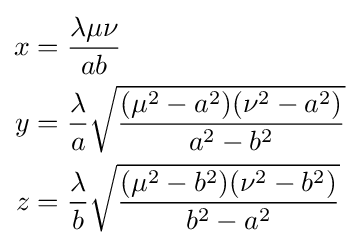
{\begin{aligned}x&={\frac {\lambda \mu \nu }{ab}}\\y&={\frac {\lambda }{a}}{\sqrt {\frac {(\mu ^{2}-a^{2})(\nu ^{2}-a^{2})}{a^{2}-b^{2}}}}\\z&={\frac {\lambda }{b}}{\sqrt {\frac {(\mu ^{2}-b^{2})(\nu ^{2}-b^{2})}{b^{2}-a^{2}}}}\end{aligned}}